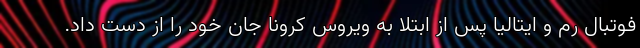
فوتبال رم و ایتالیا پس از ابتلا به ویروس کرونا جان خود را از دست داد.